Scotch Education Department, 1911
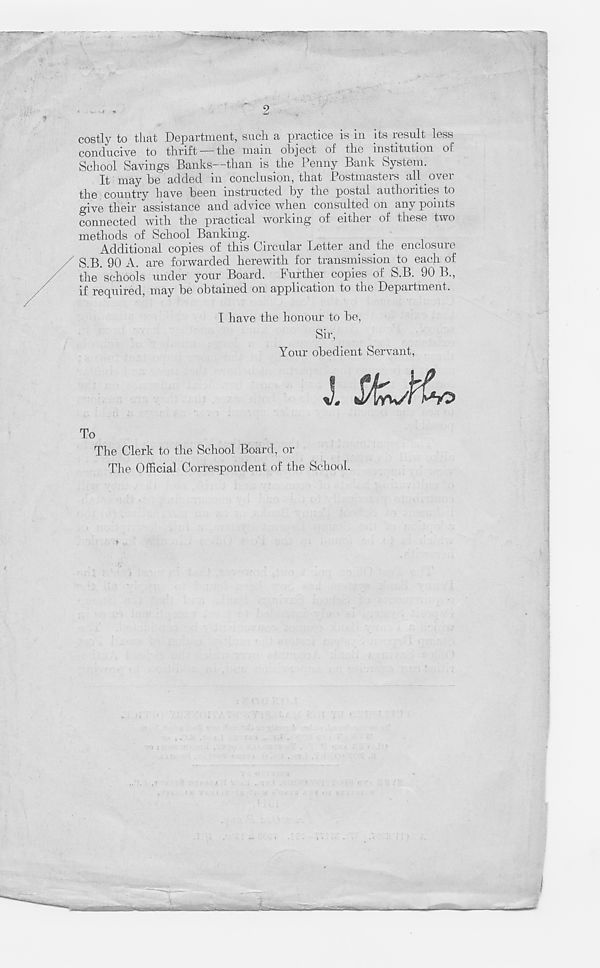
9
costly to that Department, such a practice is in its result less
conducive to thrift — the main object of the institution of
School Savings Banks--than is the Penny Bank System.
It may be added in conclusion, that Postmasters all. over
the country have been instructed by the postal authorities to
give their assistance and advice when consulted on any points
connected with the practical working of either of these two
methods of School Banking.
Additional copies of this Circular Letter and the enclosure
S.B. 90 A. are forwarded herewith for transmission to each of
the schools under your Board. Further copies of S.B. 90 B.,
if required, may be obtained on application to the Department.
I have the honour to be,
Sir,
Your obedient Servant,
To
The Clerk to the School Board, or
The Official Correspondent of the School.